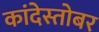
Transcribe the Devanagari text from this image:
कांदेस्तोबर